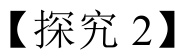
【探究 2】